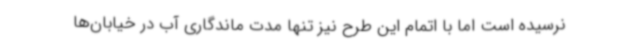
نرسیده است اما با اتمام این طرح نیز تنها مدت ماندگاری آب در خیابان‌ها